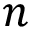
n